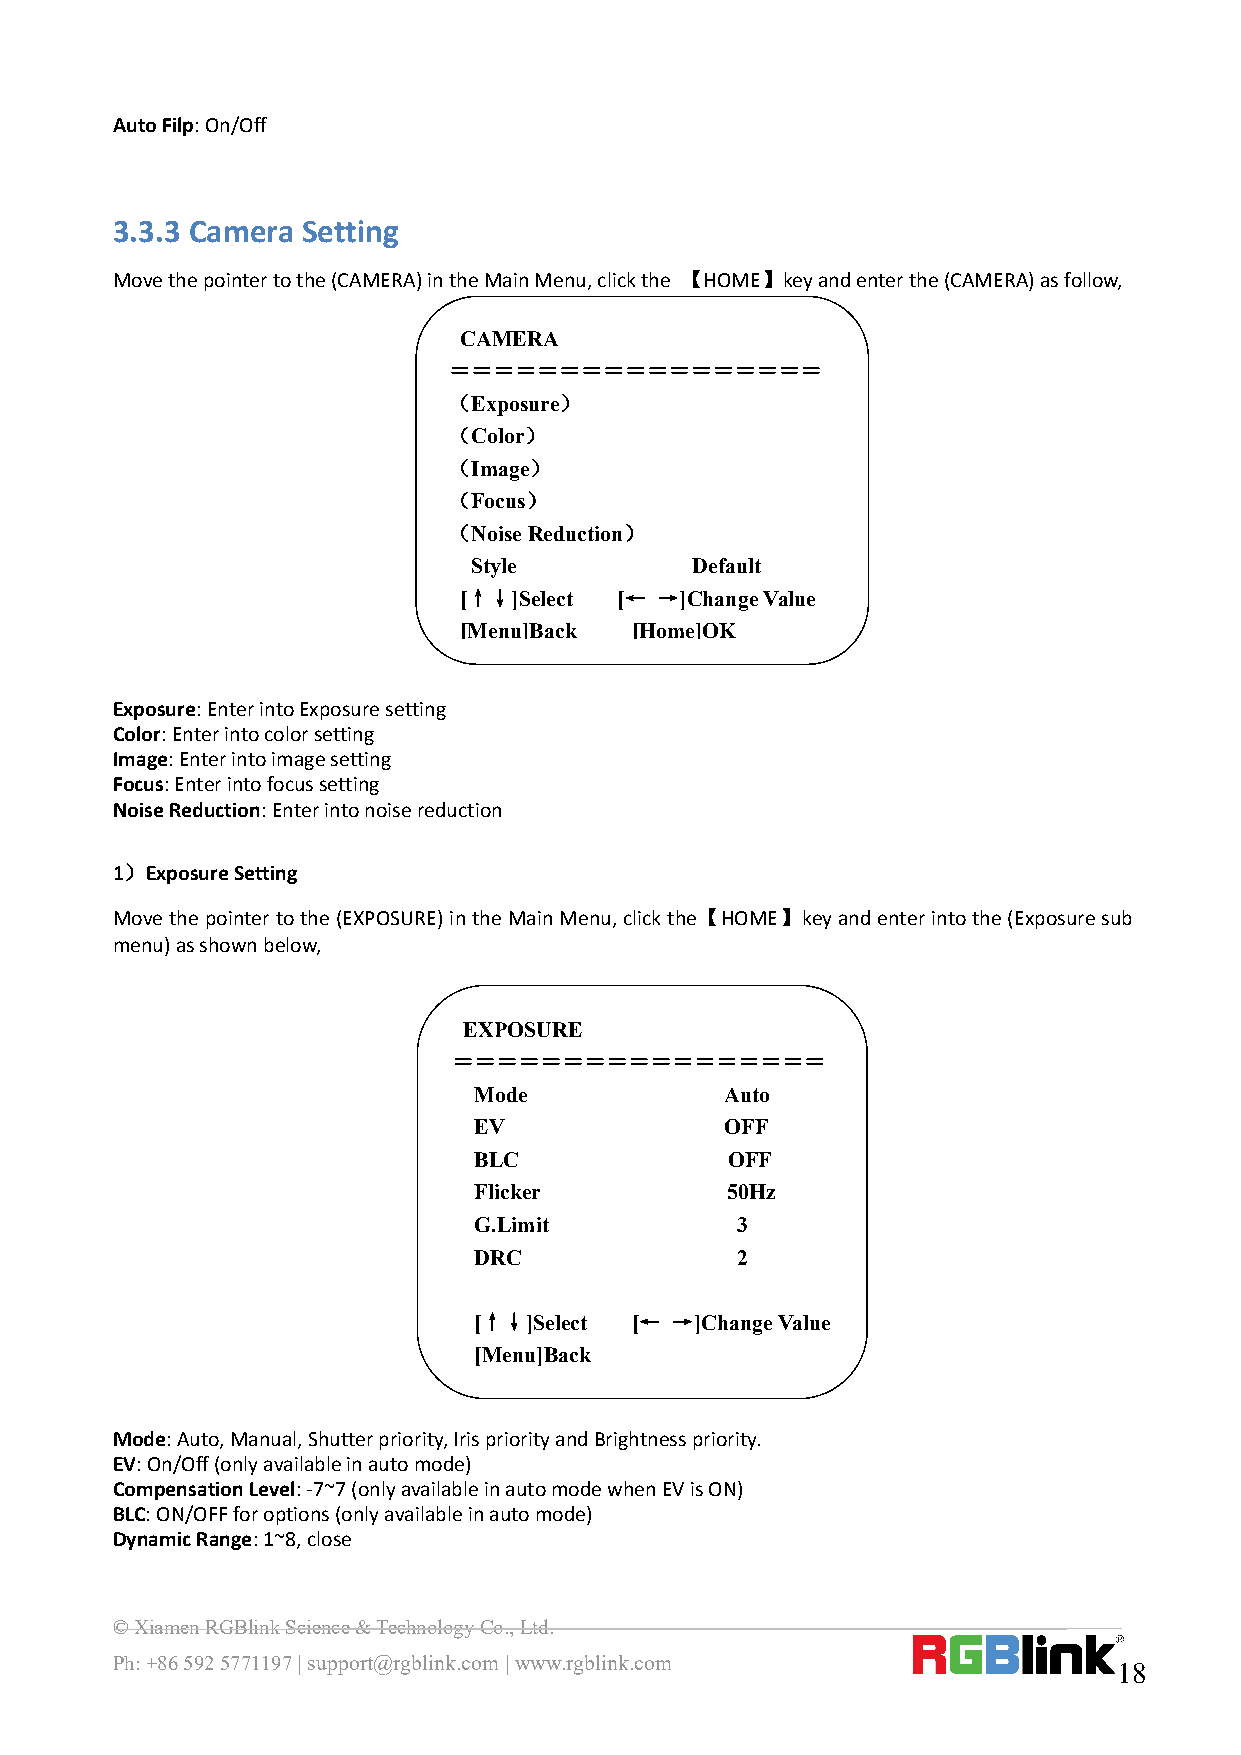
AutoFilp:On/Off
 3.3.3 Camera Setting
 Movethepointertothe(CAMERA)intheMainMenu,clickthe 【HOME】keyandenterthe(CAMERA)asfollow,
 CAMERA
 ＝＝＝＝＝＝＝＝＝＝＝＝＝＝＝＝＝
 （Exposure）
 （Color）
 （Image）
 （Focus）
 （NoiseReduction）
 Style          Default
 [↑↓]Select [← →]ChangeValue
 [Menu]Back  [Home]OK
 Exposure:EnterintoExposuresetting
 Color:Enterintocolorsetting
 Image:Enterintoimagesetting
 Focus:Enterintofocussetting
 NoiseReduction:Enterintonoisereduction
 1）ExposureSetting
 Movethepointertothe(EXPOSURE)intheMainMenu,clickthe【HOME】keyandenterintothe(Exposuresub
 menu)asshownbelow,
 EXPOSURE
 ＝＝＝＝＝＝＝＝＝＝＝＝＝＝＝＝＝
 Mode             Auto
 EV               OFF
 BLC              OFF
 Flicker          50Hz
 G.Limit           3
 DRC               2
 [↑↓]Select [← →]ChangeValue
 [Menu]Back
 Mode:Auto,Manual,Shutterpriority,IrispriorityandBrightnesspriority.
 EV:On/Off(onlyavailableinautomode)
 CompensationLevel:-7~7(onlyavailableinautomodewhenEVisON)
 BLC:ON/OFFforoptions(onlyavailableinautomode)
 DynamicRange:1~8,close
 ©XiamenRGBlinkScience&TechnologyCo.,Ltd.
 Ph:+865925771197|support@rgblink.com|www.rgblink.com
 18